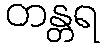
တန္တရ